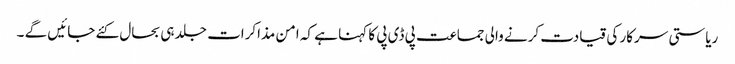
ریاستی سرکار کی قیادت کرنے والی جماعت پی ڈی پی کا کہنا ہے کہ امن مذاکرات جلد ہی بحال کئے جائیں گے ۔